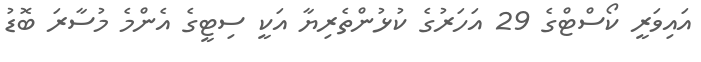
އައިވަރީ ކޯސްޓްގެ 29 އަހަރުގެ ކުޅުންތެރިޔާ އަކީ ސިޓީގެ އެންމެ މުސާރަ ބޮޑު